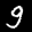
Label: 9